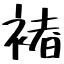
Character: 褚